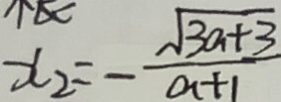
x _ { 2 } = - \frac { \sqrt { 3 a + 3 } } { a + 1 }